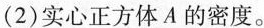
(2)实心正方体A的密度。